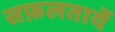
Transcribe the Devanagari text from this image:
सफ़लतायें